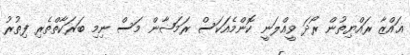
ޣައްޒާ ރައްޔިތުން ރޯދަ ވީއްލަނީ ކޮންމެއަކަސް ރަމަޟާން މަސް ނިމި ބަރަކާތްތެރި ފިތުރު